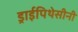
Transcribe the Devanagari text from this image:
ड्राईपिथेसीनी